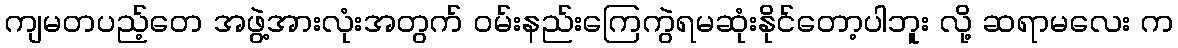
ကျမတပည့်တေ အဖွဲ့အားလုံးအတွက် ဝမ်းနည်းကြေကွဲရမဆုံးနိုင်တော့ပါဘူး လို့ ဆရာမလေး က